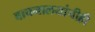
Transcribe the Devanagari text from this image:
वाचनालयांचीही